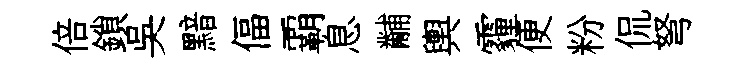
倍鎖吴黯偪覇息黼輿霾便粉侃弩